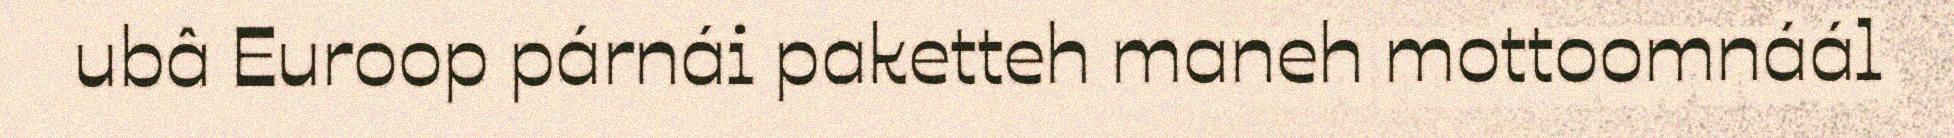
ubâ Euroop párnái paketteh maneh mottoomnáál